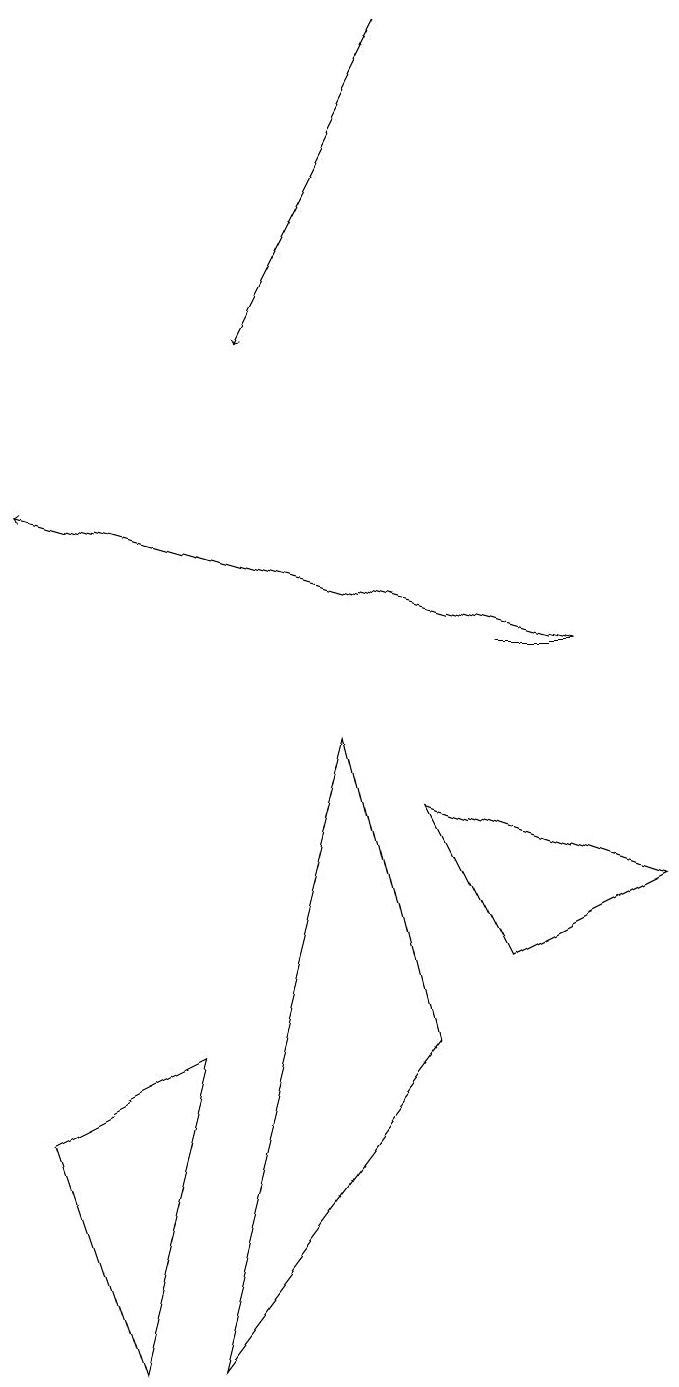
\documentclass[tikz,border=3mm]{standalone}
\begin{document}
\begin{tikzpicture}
\draw (7,10) rectangle (6,10);
\draw[->] (5,18) -- (3,14);
\draw (2,5) -- (0,4) -- (1,1) -- cycle;
\draw[->] (7,10) -- (0,12);
\draw (5,5) -- (4,9) -- (2,1) -- cycle;
\draw (5,8) -- (8,7) -- (6,6) -- cycle;
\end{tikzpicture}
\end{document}